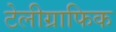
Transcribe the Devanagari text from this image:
टेलीग्राफिक